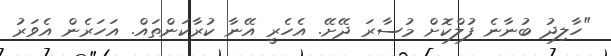
"ހާލިދު ބުނާނެ ފުލްކޮށް މުސާރަ ދޭށޭ. އެހެރީ އޭނާ ކުރާކަންތައް. އަހަރެން އެވަރު